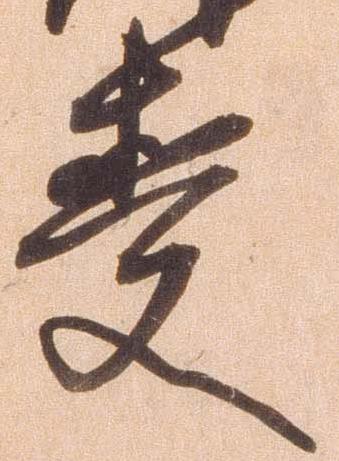
受